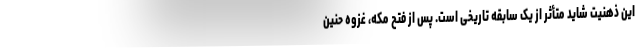
این ذهنیت شاید متأثر از یک سابقه تاریخی است. پس از فتح مکه، غزوه حنین